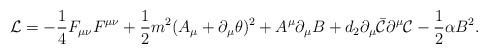
LaTeX: \begin{align*}{\cal L}=- \frac{1}{4} F_{\mu\nu} F^{\mu\nu} + \frac{1}{2} m^2 (A_\mu + \partial_\mu \theta)^{2}+A^{\mu}\partial_\mu B+d_{2}\partial_{\mu}\bar{\cal C}\partial^{\mu}{\cal C}-\frac{1}{2}\alpha B^{2}. \end{align*}